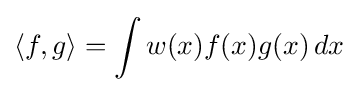
\langle f,g\rangle =\int w(x)f(x)g(x)\,dx